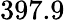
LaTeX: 397.9